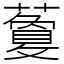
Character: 藑